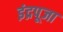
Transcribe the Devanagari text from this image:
इंद्रपूजा